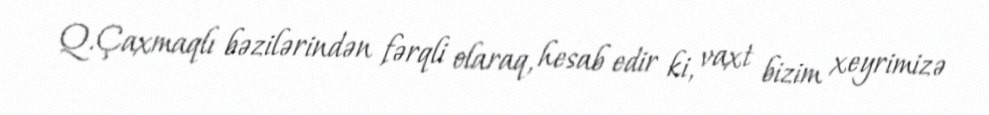
Q.Çaxmaqlı bəzilərindən fərqli olaraq, hesab edir ki, vaxt bizim xeyrimizə